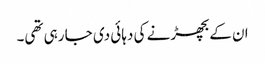
ان کے بچھڑنے کی دہائی دی جا رہی تھی۔